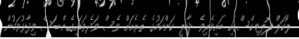
ލޯކަލް ޕޮލިޓިކްސްގައި ބައިވެރިވެ ދާހިލީ ކަންކަމުގެ ތެރެއަށް ވެސް ވަދެވަޑައިގެން ބަސް ވިދާޅުވަމުން